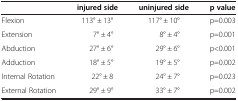
|  | injured side | uninjured side | p value |
 | --- | --- | --- | --- |
 | Flexion | 113° ± 13° | 117° ± 10° | p=0.003 |
 | Extension | 7° ± 4° | 8° ± 4° | p=0.001 |
 | Abduction | 27° ± 6° | 29° ± 6° | p<0.001 |
 | Adduction | 18° ± 5° | 19° ± 5° | p=0.002 |
 | Internal Rotation | 22° ± 8 | 24° ± 7° | p=0.023 |
 | External Rotation | 29° ± 9° | 33° ± 7° | p=0.002 |